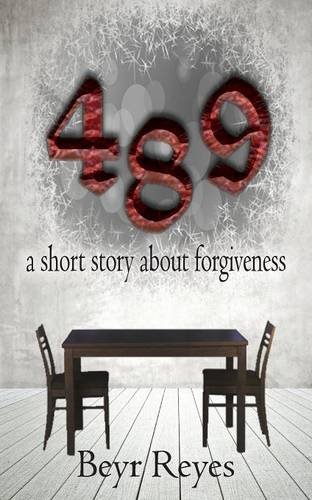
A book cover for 489: a short story about forgiveness; Beyr Reyes; Religion & Spirituality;